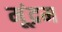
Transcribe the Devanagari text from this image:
मूंद्रम